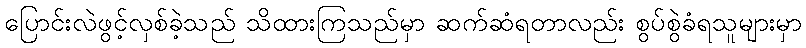
ပြောင်းလဲဖွင့်လှစ်ခဲ့သည် သိထားကြသည်မှာ ဆက်ဆံရတာလည်း စွပ်စွဲခံရသူများမှာ